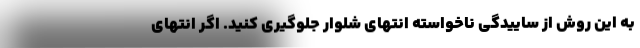
به این روش از ساییدگی ناخواسته انتهای شلوار جلوگیری کنید. اگر انتهای